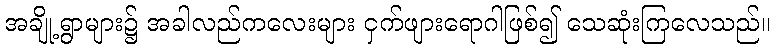
အချို့ရွာများ၌ အခါလည်ကလေးများ ငှက်ဖျားရောဂါဖြစ်၍ သေဆုံးကြလေသည်။